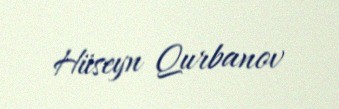
Hüseyn Qurbanov